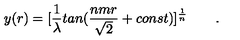
y ( r ) = [ { \frac { 1 } { \lambda } } t a n ( { \frac { n m r } { \sqrt 2 } } + c o n s t ) ] ^ { \frac { 1 } { n } } \qquad .